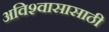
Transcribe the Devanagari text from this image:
अविश्‍वासासाठी